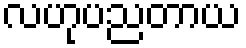
လဟုပညတာယ